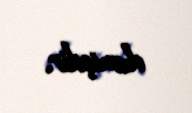
demişdir.